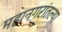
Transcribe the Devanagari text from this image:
महानगरांतल्या